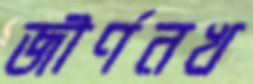
জীর্ণনখ